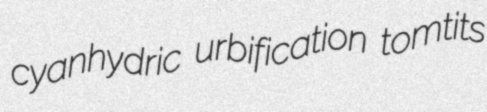
cyanhydric urbification tomtits